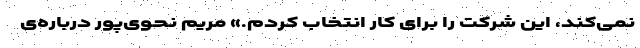
نمی‌کند، این شرکت را برای کار انتخاب کردم.» مریم نحوی‌پور درباره‌ی